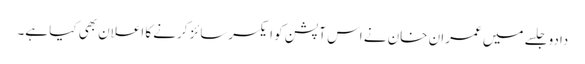
دادو جلسے میں عمران خان نے اس آپشن کو ایکسرسائز کرنے کا اعلان بھی کیا ہے۔